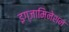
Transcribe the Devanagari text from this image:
इग्जामिनेशन